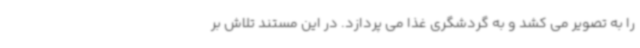
را به تصویر می کشد و به گردشگری غذا می پردازد. در این مستند تلاش بر